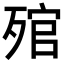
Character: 𣨭